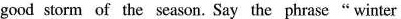
good storm of the season. Say the phrase" winter